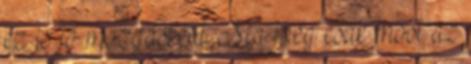
ez is jó mozgásként. Ma még csak most az